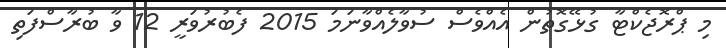
މި ޕްރޮޖެކްޓާ ގުޅޭގޮތުން އެއްވެސް ސުވާލެއްވާނަމަ 2015 ފެބުރުވަރީ 12 ވާ ބުރާސްފަތި